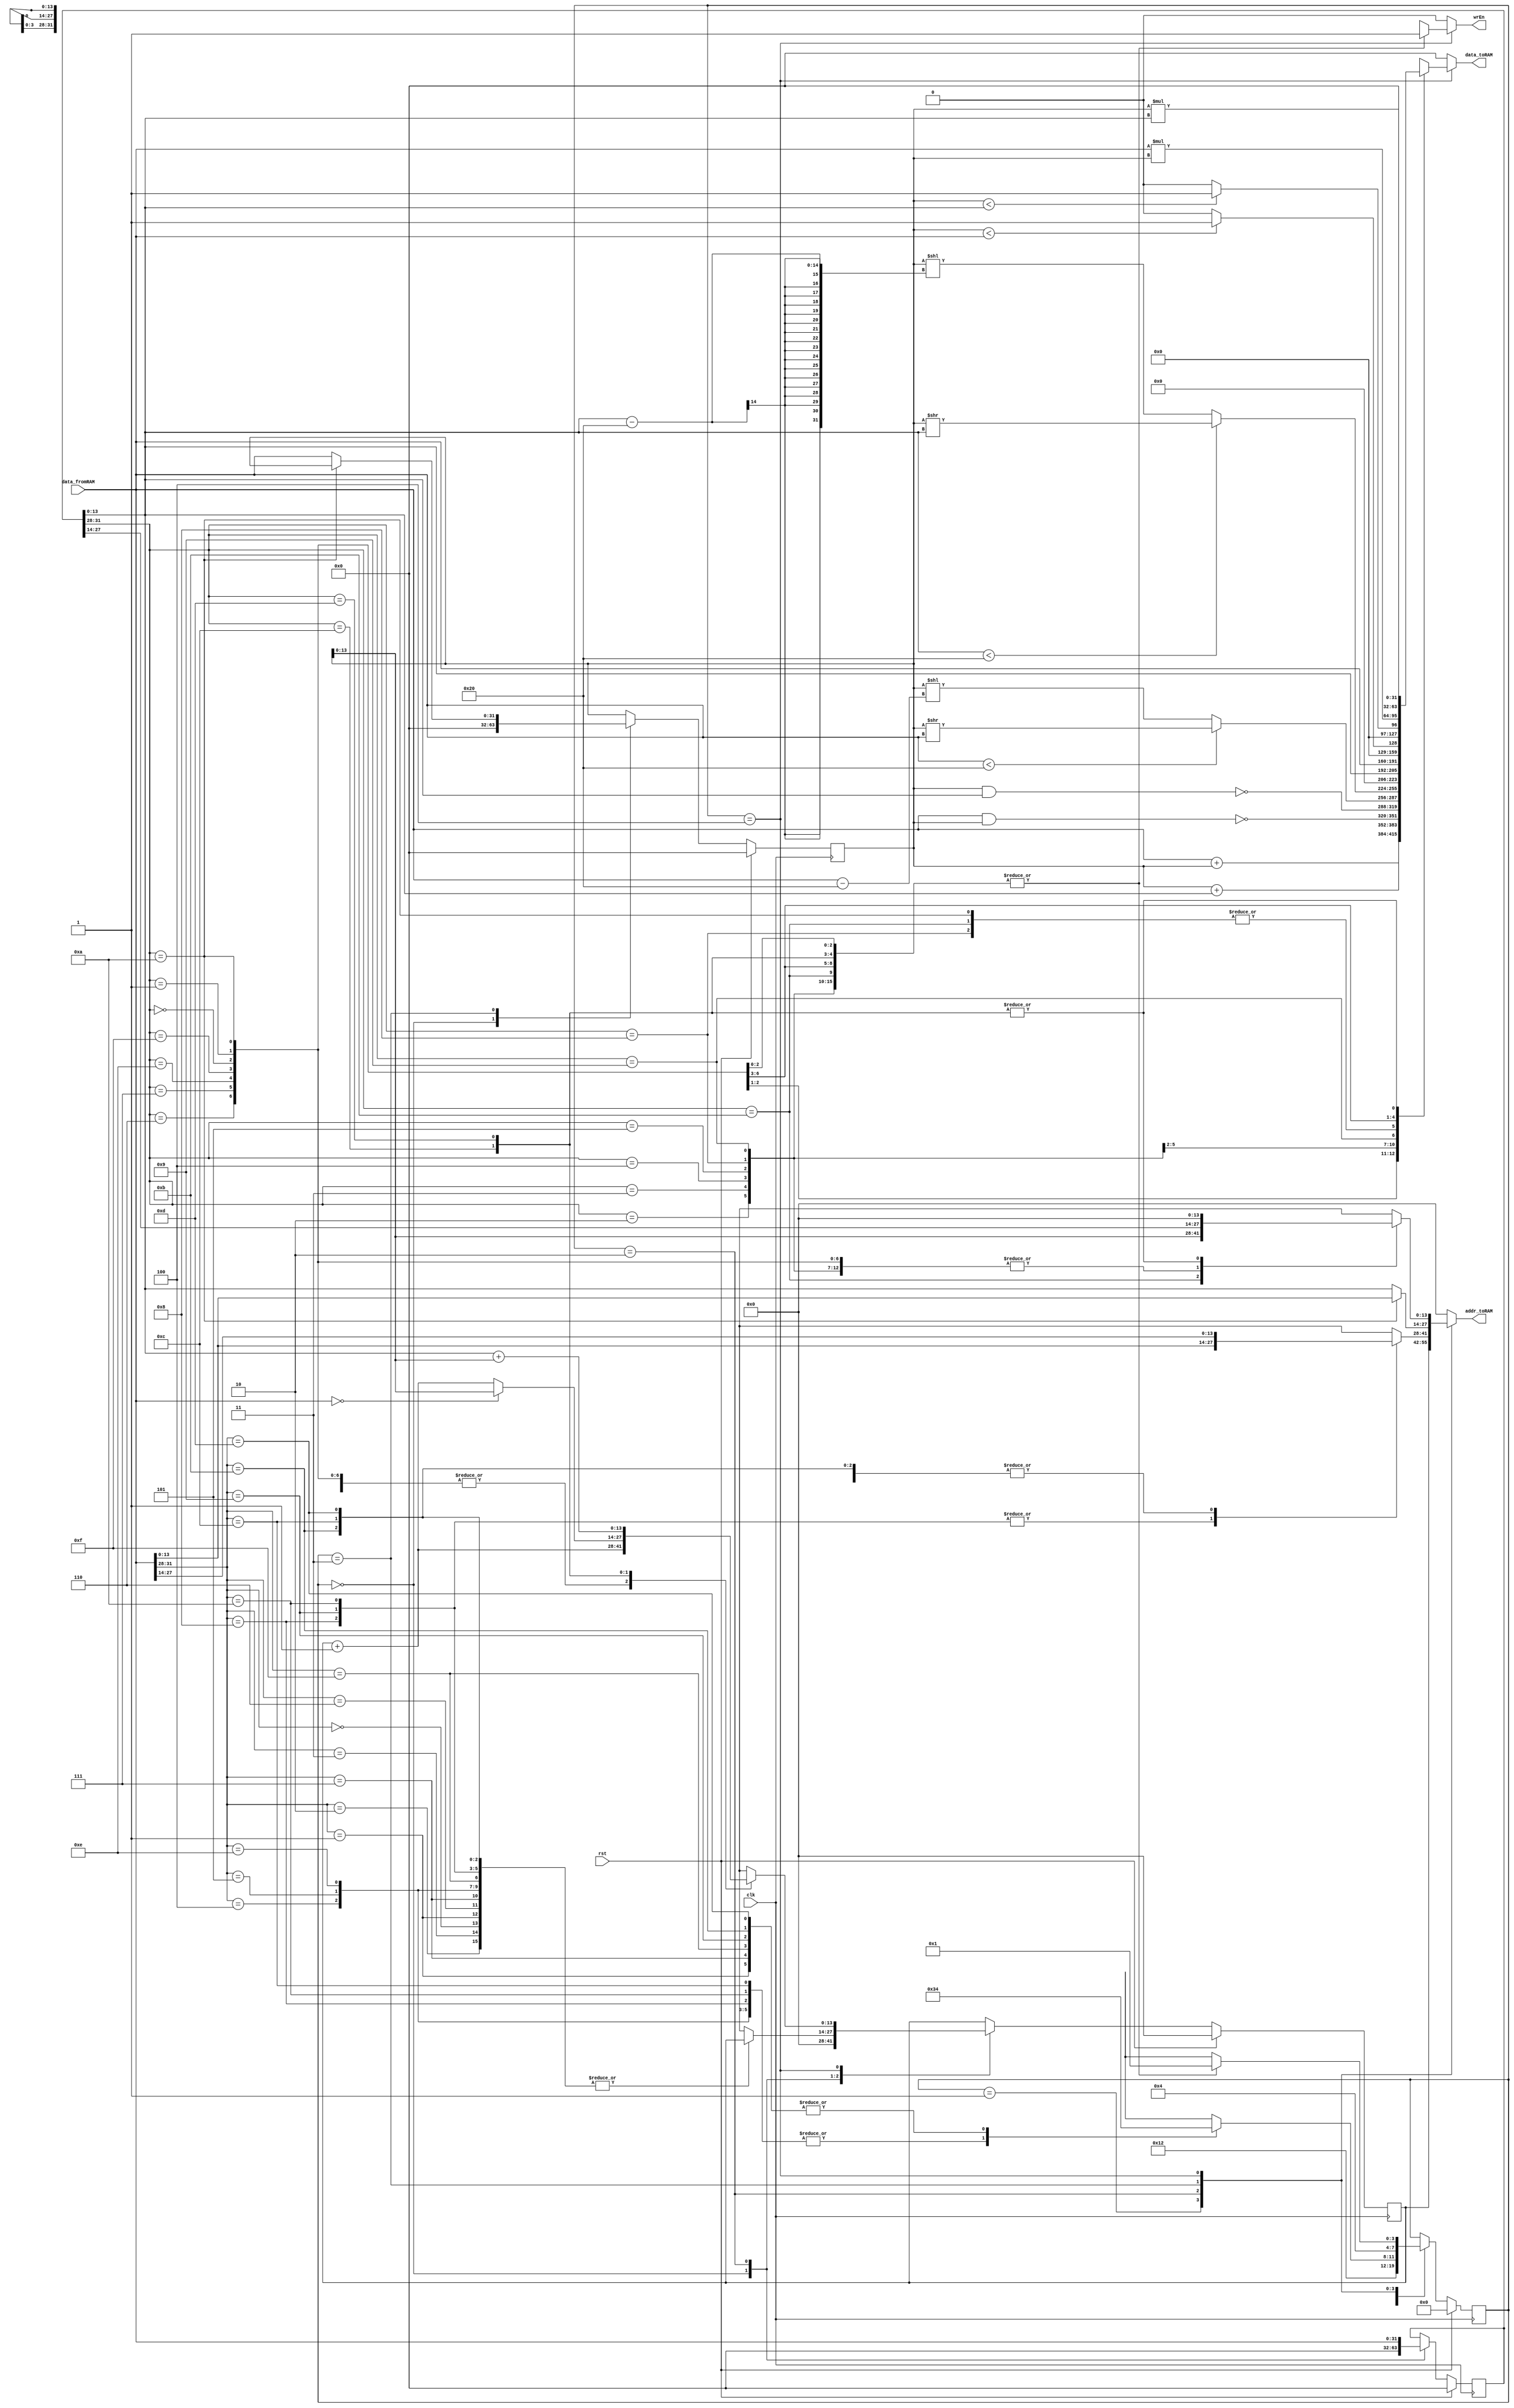

module VerySimpleCPU(clk,rst,data_fromRAM,wrEn,addr_toRAM,data_toRAM);

parameter SIZE = 14;

input clk,rst ;
input wire [31:0] data_fromRAM;
output reg wrEn;
output reg [SIZE -1:0] addr_toRAM;
output reg [31:0] data_toRAM;

reg [3:0] state_current,state_next; 
reg [ SIZE -1:0] pc_current,pc_next; // pc: program counter
reg [31:0] iw_current,iw_next; // iw: instruction word
reg [31:0] r1_current,r1_next;
reg [31:0] r2_current,r2_next;

always@ (posedge clk) begin
	if(rst) begin
		state_current <= 0;
		pc_current <= 14'b0;
		iw_current <= 32'b0;
		r1_current <= 32'b0;
		r2_current <= 32'b0;
	end
	else begin
		state_current <= state_next;
		pc_current <= pc_next;
		iw_current <= iw_next;
		r1_current <= r1_next;
		r2_current <= r2_next;
	end
end	

always@ (*) begin
	state_next = state_current;
	pc_next = pc_current;
	iw_next = iw_current;
	r1_next = r1_current;
	r2_next = r2_current;
	wrEn = 0;
	addr_toRAM = 0;
	data_toRAM = 0;
	case ( state_current )
		0: begin
			pc_next = 0;
			iw_next = 0;
			r1_next = 0;
			r2_next = 0;
			state_next = 1;
		end
		1: begin
			addr_toRAM = pc_current;
			state_next = 2;
		end
		2: begin
			iw_next = data_fromRAM;
			case (data_fromRAM [31:28])
				{3'b001,1'b0}: begin //NAND +
					addr_toRAM=data_fromRAM[27:14];	
					state_next=3;
				end
				{3'b001,1'b1}: begin //NANDi +
					addr_toRAM=data_fromRAM[27:14];	
					state_next=3;
				end
				{3'b000,1'b0}: begin //ADD +
					addr_toRAM=data_fromRAM[27:14];	
					state_next=3;
				end
				{3'b000,1'b1}: begin //ADDi +
					addr_toRAM=data_fromRAM[27:14];	
					state_next=4;
				end
				{3'b011,1'b0}: begin //LT +
					addr_toRAM=data_fromRAM[27:14];	
					state_next=3;
				end
				{3'b011,1'b1}: begin //LTi +
					addr_toRAM=data_fromRAM[27:14];	
					state_next=4;
				end
				{3'b010,1'b0}: begin //SRL +
					addr_toRAM=data_fromRAM[27:14];	
					state_next=3;
				end
				{3'b010,1'b1}: begin //SRLi +
					addr_toRAM=data_fromRAM[27:14];	
					state_next=3;
				end
				{3'b111,1'b0}: begin //MUL +
					addr_toRAM=data_fromRAM[27:14];	
					state_next=3;
				end
				{3'b111,1'b1}: begin //MULi +
					addr_toRAM=data_fromRAM[27:14];	
					state_next=4;
				end
				{3'b100,1'b0}: begin //CP +
					addr_toRAM=data_fromRAM[13:0];	
					state_next=3;
				end
				{3'b100,1'b1}: begin //CPi +
					addr_toRAM=data_fromRAM[13:0];	
					state_next=4;
				end
				{3'b101,1'b0}: begin //CPI +
					addr_toRAM=data_fromRAM[13:0];	
					state_next=3;
				end
              {3'b101,1'b1}: begin //CPli +XXXXXXXXXXXXXXXXXXXX
					addr_toRAM=data_fromRAM[27:14];	
					state_next=4;
				end
				{3'b110,1'b0}: begin //BZJ +
					addr_toRAM=data_fromRAM[27:14];	
					state_next=3;
				end
				{3'b110,1'b1}: begin //BZJi +
					addr_toRAM=data_fromRAM[27:14];	
					state_next=4;
				end
				{3'b000,1'b0}: begin //JMP ????????????????
					addr_toRAM=data_fromRAM[27:14];	
					state_next=3;
				end
				default: begin
					pc_next=pc_current;
					state_next=1;
				end
			endcase
		end
		3: begin
			if((iw_current [31:28]) == {3'b101,1'b0}) begin  
				addr_toRAM=data_fromRAM;
				state_next = 4;
			end
			else begin
				r1_next = data_fromRAM;	// A'nn datasn R1'de sakla B'nin adresini yolla
				addr_toRAM = iw_current [13:0];
				state_next = 4;
			end
		end
		4: begin
			case (iw_current [31:28])
				{3'b000 ,1'b0}: begin //ADD
					wrEn = 1;
					addr_toRAM = iw_current [27:14];
					data_toRAM = data_fromRAM + r1_current;
					pc_next = pc_current+1'b1;
					state_next = 1;
				end
				{3'b000 ,1'b1}: begin //ADDi
					wrEn = 1;
					addr_toRAM = iw_current [27:14];
					data_toRAM = r1_current + iw_current[13:0];
					pc_next = pc_current+1'b1;
					state_next = 1;
				end
				{3'b001 ,1'b0}: begin //NAND
					wrEn = 1;
					addr_toRAM = iw_current [27:14];
					data_toRAM = ~(data_fromRAM & r1_current);
					pc_next = pc_current+1'b1;
					state_next = 1;
				end
				{3'b001 ,1'b1}: begin //NANDi
					wrEn = 1;
					addr_toRAM = iw_current [27:14];
					data_toRAM = ~(r1_current & iw_current[13:0]);
					pc_next = pc_current+1'b1;
					state_next = 1;
				end
				{3'b010 ,1'b0}: begin //SRL
					wrEn = 1;
					addr_toRAM = iw_current [27:14];
					data_toRAM = (data_fromRAM < 32) ? (r1_current >> data_fromRAM) : (r1_current << (data_fromRAM - 32));
					pc_next = pc_current+1'b1;
					state_next = 1;
				end
				{3'b010 ,1'b1}: begin //SRLi
					wrEn = 1;
					addr_toRAM = iw_current [27:14];
                    data_toRAM = (iw_current [13:0] < 32) ? (r1_current >>iw_current [13:0]) : (r1_current << (iw_current [13:0] - 32));
					pc_next = pc_current+1'b1;
					state_next = 1;
				end
				{3'b100,1'b0}: begin //CP
					wrEn=1;
					addr_toRAM = iw_current [27:14];
					data_toRAM= data_fromRAM;
					pc_next = pc_current+1'b1;
					state_next = 1;
				end
				{3'b100,1'b1}: begin//CPi
					wrEn=1;
					addr_toRAM = iw_current [27:14];
					data_toRAM= iw_current [13:0];
					pc_next = pc_current+1'b1;
					state_next = 1;
				end
				{3'b101,1'b0}: begin //CPI
					wrEn=1;
					addr_toRAM = iw_current [27:14];
					data_toRAM= data_fromRAM;
					pc_next = pc_current+1'b1;
					state_next = 1;
				end
				{3'b101,1'b1}: begin //CPli
					wrEn=1;
					addr_toRAM = r1_current;
					data_toRAM = data_fromRAM;
					pc_next = pc_current+1'b1;
					state_next = 1;
				end
				{3'b011,1'b0}: begin //LT
					wrEn=1;
					addr_toRAM = iw_current [27:14];
					data_toRAM = (r1_current < data_fromRAM) ? 1 : 0;
					pc_next = pc_current+1'b1;
					state_next = 1;
				end
				{3'b011,1'b1}: begin //LTi
					wrEn=1;
					addr_toRAM = iw_current [27:14];
					data_toRAM = (r1_current < iw_current[13:0]) ? 1 : 0;
					pc_next = pc_current+1'b1;
					state_next = 1;
				end
				{3'b111,1'b0}: begin //MUL
					wrEn=1;
					addr_toRAM = iw_current [27:14];
					data_toRAM = data_fromRAM * r1_current;
					pc_next = pc_current+1'b1;
					state_next = 1;
				end
				{3'b111 ,1'b1}: begin //MULi
					wrEn = 1;
					addr_toRAM = iw_current [27:14];
					data_toRAM = r1_current * iw_current[13:0];
					pc_next = pc_current+1'b1;
					state_next = 1;
				end
				{3'b110 ,1'b0}: begin //BZJ 
					wrEn = 1;
					pc_next = (data_fromRAM == 0) ? r1_current : (pc_current + 1'b1);
					state_next = 1;
				end
				{3'b110 ,1'b1}: begin //BZJi 
					wrEn = 1;
					pc_next = iw_current [13:0] + r1_current;
					state_next = 1;
				end
			endcase
		end
	endcase
end

endmodule